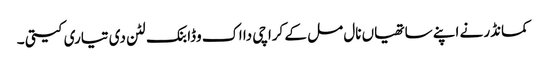
کمانڈر نے اپنے ساتھیاں نال مل کے کراچی دا اک وڈا بنک لٹن دی تیاری کیتی ۔